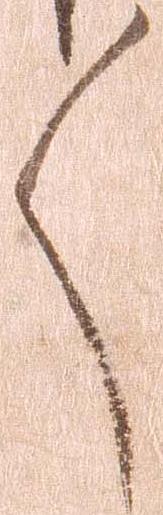
々